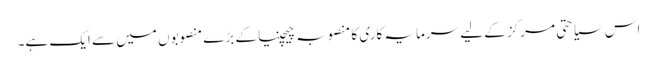
اس سیاحتی مرکز کے لیے سرمایہ کاری کا منصوبہ چیچنیا کے بڑے منصوبوں میں سے ایک ہے۔